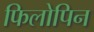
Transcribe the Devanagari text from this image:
फिलोपिन